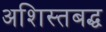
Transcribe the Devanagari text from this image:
अशिस्तबद्ध